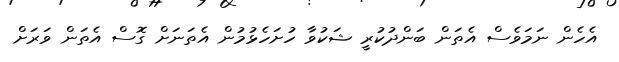
އެހެން ނަމަވެސް އެތަން ބަންދުކުރީ ޝަކުވާ ހުށަހެޅުމުން އެތަނަށް ގޮސް އެތަން ވަރަށް